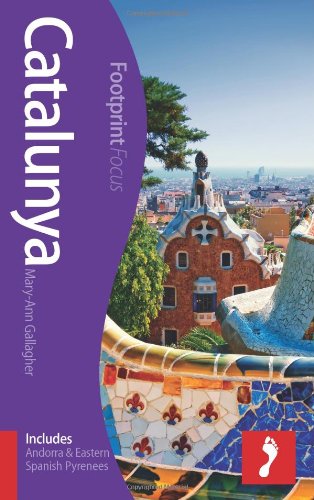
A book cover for Catalunya Footprint Focus Guide: (includes Andorra & Eastern Spanish Pyrenees); Mary-Ann Gallagher; Travel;